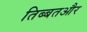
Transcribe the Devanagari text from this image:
तिब्बतऔर